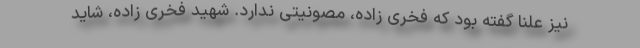
نیز علناً گفته بود که فخری زاده، مصونیتی ندارد. شهید فخری زاده، شاید